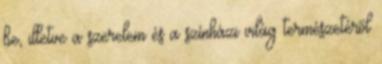
be, illetve a szerelem és a színházi világ természetéről